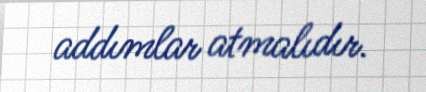
addımlar atmalıdır.